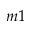
m 1